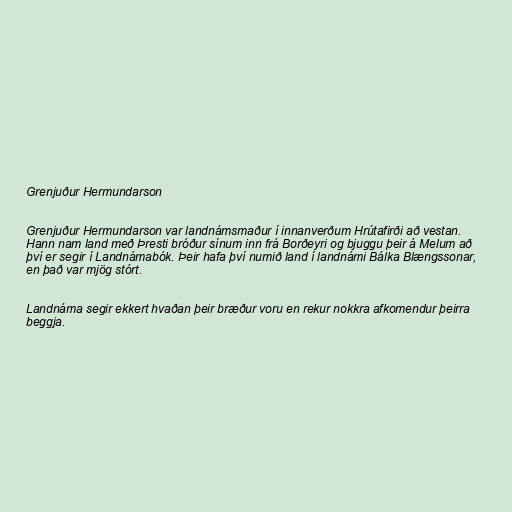
Grenjuður Hermundarson

Grenjuður Hermundarson var landnámsmaður í innanverðum Hrútafirði að vestan.
Hann nam land með Þresti bróður sínum inn frá Borðeyri og bjuggu þeir á Melum að
því er segir í Landnámabók. Þeir hafa því numið land í landnámi Bálka Blængssonar,
en það var mjög stórt.

Landnáma segir ekkert hvaðan þeir bræður voru en rekur nokkra afkomendur þeirra
beggja.